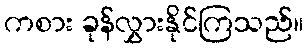
ကစား ခုန်လွှားနိုင်ကြသည်။